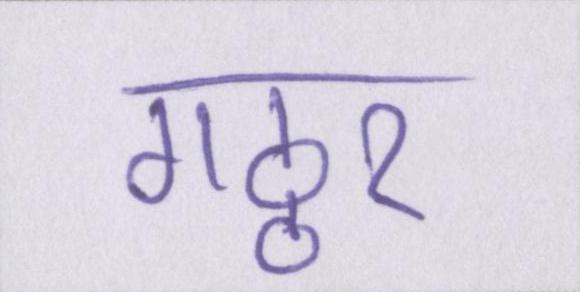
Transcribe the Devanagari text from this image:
गठ्ठर